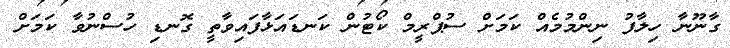
ގާނޫނާ ހިލާފު ނިންމުމެއް ކަމަށް ސުޕްރީމް ކޯޓުން ކަނޑައަޅާފައިވާތީ ގޮނޑި ހުސްނުވާ ކަމަށް